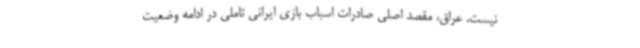
نیست. عراق، مقصد اصلی صادرات اسباب بازی ایرانی تاملی در ادامه وضعیت